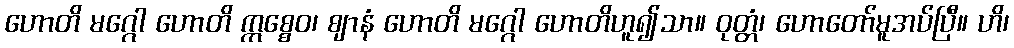
ဟောတိ မဂ္ဂေါ ဟောတိ ဣစ္စေဝ၊ ဈာနံ ဟောတိ မဂ္ဂေါ ဟောတိဟူ၍သာ။ ဝုတ္တံ၊ ဟောတော်မူအပ်ပြီ။ ဟိ၊